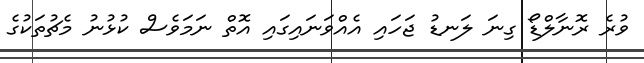
ވުރެ ރޮނާލްޑޯ ގިނަ ލަނޑު ޖަހައި އެއްވަނައިގައި އޮތް ނަމަވެސް ކުޅުނު މެޗުތަކުގެ